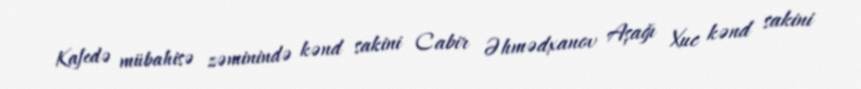
Kafedə mübahisə zəminində kənd sakini Cabir Əhmədxanov Aşağı Xuc kənd sakini